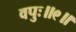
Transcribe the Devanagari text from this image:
वपुः॥९॥